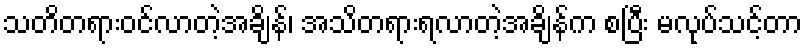
သတိတရားဝင်လာတဲ့အချိန်၊ အသိတရားရလာတဲ့အချိန်က စပြီး မလုပ်သင့်တာ